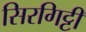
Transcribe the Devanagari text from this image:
सिरगिट्टी